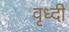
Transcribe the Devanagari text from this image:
वृध्दी